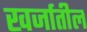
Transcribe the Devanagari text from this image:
खर्जातील